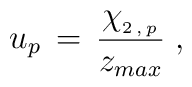
u_p \,=\,\frac{ \chi_{_{2\,,\,p}}}{z_{max}}\;,